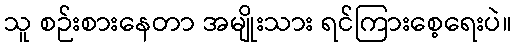
သူ စဉ်းစားနေတာ အမျိုးသား ရင်ကြားစေ့ရေးပဲ။